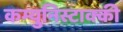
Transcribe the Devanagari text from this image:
कम्युनिस्टाक्की